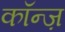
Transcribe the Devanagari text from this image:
कॉन्ज़